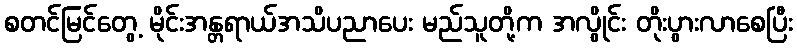
စတင်မြင်တွေ့ မိုင်းအန္တရာယ်အသိပညာပေး မည်သူတို့က အလွိုင်း တိုးပွားလာစေပြီး